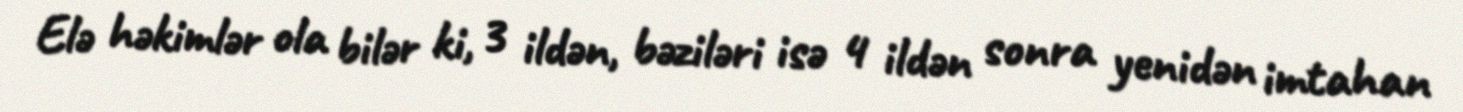
Elə həkimlər ola bilər ki, 3 ildən, bəziləri isə 4 ildən sonra yenidən imtahan